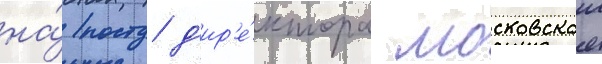
на́ посту д'ир'е́ктора московскои